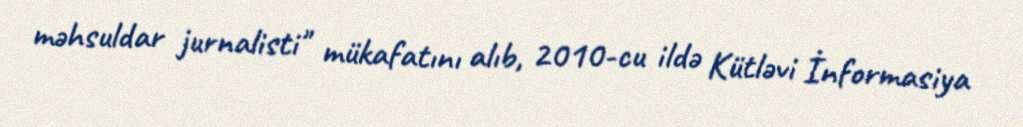
məhsuldar jurnalisti" mükafatını alıb, 2010-cu ildə Kütləvi İnformasiya